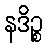
နဒိဉ္စ